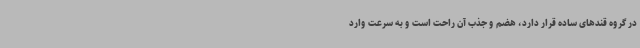
در گروه قندهای ساده قرار دارد، هضم و جذب آن راحت است و به سرعت وارد